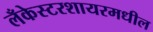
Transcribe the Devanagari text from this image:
लँकेस्टरशायरमधील